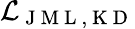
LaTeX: \mathcal{L}_{\mathrm{~J~M~L~,~K~D~}}